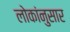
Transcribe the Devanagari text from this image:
लोकांनुसार